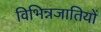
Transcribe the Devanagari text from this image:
विभिन्नजातियों